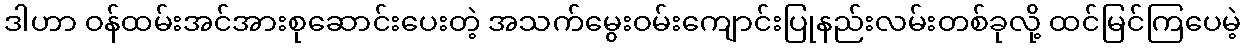
ဒါဟာ ဝန်ထမ်းအင်အားစုဆောင်းပေးတဲ့ အသက်မွေးဝမ်းကျောင်းပြုနည်းလမ်းတစ်ခုလို့ ထင်မြင်ကြပေမဲ့